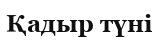
Қадыр түні